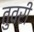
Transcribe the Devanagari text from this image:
तुवरी